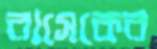
রাসেকের